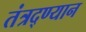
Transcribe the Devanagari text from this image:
तंत्रद्ण्यान